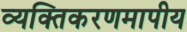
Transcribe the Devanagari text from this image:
व्यक्तिकरणमापीय